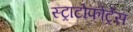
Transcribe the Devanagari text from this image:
स्ट्राटोफोर्ट्रेस